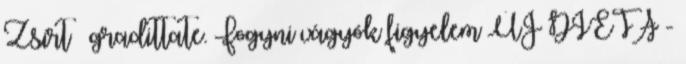
Zsírt – gradittate. Fogyni vágyók figyelem ÚJ DIÉTA -